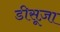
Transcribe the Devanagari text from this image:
डीसूज़ा